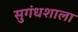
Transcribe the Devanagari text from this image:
सुगंधशाला